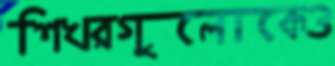
শিখরগুলোকেও